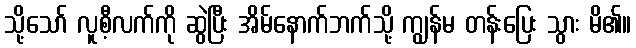
သို့သော် လူစီ့လက်ကို ဆွဲပြီး အိမ်နောက်ဘက်သို့ ကျွန်မ တန်းပြေး သွား မိ၏။